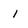
Character: 1